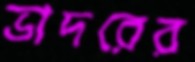
ভাদরের